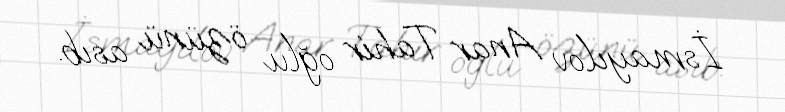
İsmayılov Anar Tahir oğlu özünü asıb.